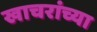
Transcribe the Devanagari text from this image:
खाचरांच्या